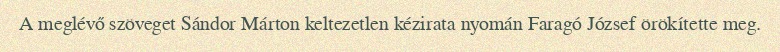
A meglévő szöveget Sándor Márton keltezetlen kézirata nyomán Faragó József örökítette meg.